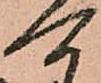
可